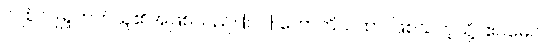
လျစ်လျူရှုတတ်သူ၏အဖြစ်သည်။ {၀၇} ဟောတိယထာ၊ ဖြစ်သကဲ့သို့။ ဧဝမေဝ၊